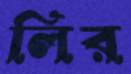
লির